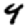
Digit: 4